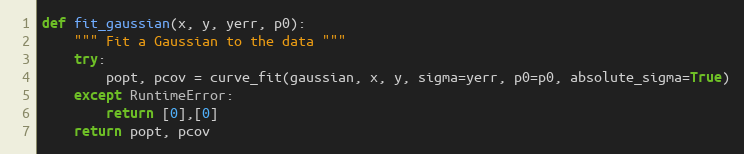
Language: Python
def fit_gaussian(x, y, yerr, p0):
    """ Fit a Gaussian to the data """
    try:
        popt, pcov = curve_fit(gaussian, x, y, sigma=yerr, p0=p0, absolute_sigma=True)
    except RuntimeError:
        return [0],[0]
    return popt, pcov